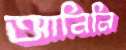
আনিনি